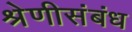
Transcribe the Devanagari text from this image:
श्रेणीसंबंध